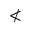
\nless